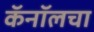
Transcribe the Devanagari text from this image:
कॅनॉलचा